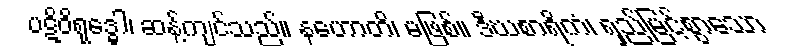
ပဋိဝိရုဒ္ဓေါ၊ ဆန့်ကျင်သည်။ နဟောတိ၊ မဖြစ်။ ဒီဃစာရိကံ၊ ရှည်မြင့်စွာသော